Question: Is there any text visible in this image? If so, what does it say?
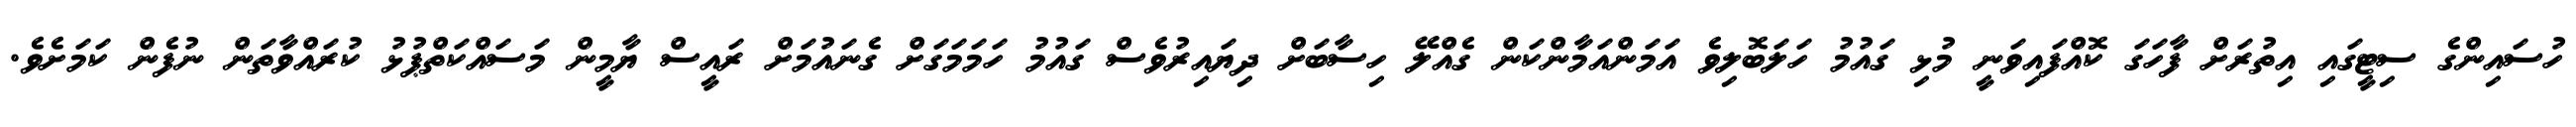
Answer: ހުސައިންގެ ސިޓީގައި އިތުރަށް ފާހަގަ ކޮއްފައިވަނީ މުޅި ގައުމު ހަލަބޮލިވެ އަމަންއަމާންކަން ގެއްލޭ ހިސާބަށް ދިޔައިރުވެސް ގައުމު ހަމަމަގަށް ގެނައުމަށް ރައީސް ޔާމީން މަސައްކަތްޕުޅު ކުރައްވާތަން ނުފެން ކަމަށެވެ.